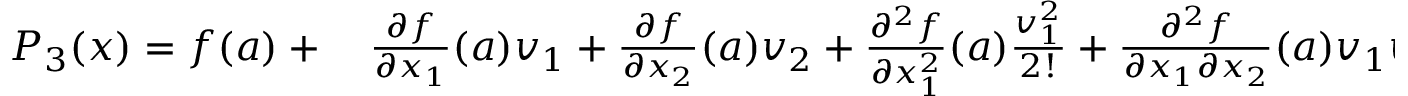
\begin{array} { r l } { P _ { 3 } ( { \boldsymbol { x } } ) = f ( { \boldsymbol { a } } ) + { } } & { { } { \frac { \partial f } { \partial x _ { 1 } } } ( { \boldsymbol { a } } ) v _ { 1 } + { \frac { \partial f } { \partial x _ { 2 } } } ( { \boldsymbol { a } } ) v _ { 2 } + { \frac { \partial ^ { 2 } f } { \partial x _ { 1 } ^ { 2 } } } ( { \boldsymbol { a } } ) { \frac { v _ { 1 } ^ { 2 } } { 2 ! } } + { \frac { \partial ^ { 2 } f } { \partial x _ { 1 } \partial x _ { 2 } } } ( { \boldsymbol { a } } ) v _ { 1 } v _ { 2 } + { \frac { \partial ^ { 2 } f } { \partial x _ { 2 } ^ { 2 } } } ( { \boldsymbol { a } } ) { \frac { v _ { 2 } ^ { 2 } } { 2 ! } } } \end{array}